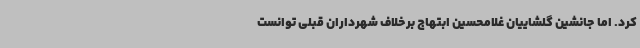
کرد. اما جانشین گلشاییان غلامحسین ابتهاج برخلاف شهرداران قبلی توانست